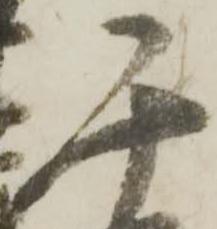
千